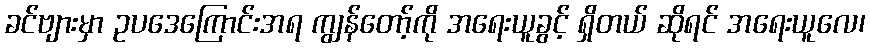
ခင်ဗျားမှာ ဥပဒေကြောင်းအရ ကျွန်တော့်ကို အရေးယူခွင့် ရှိတယ် ဆိုရင် အရေးယူလေ၊